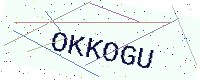
Text: OKKOGU